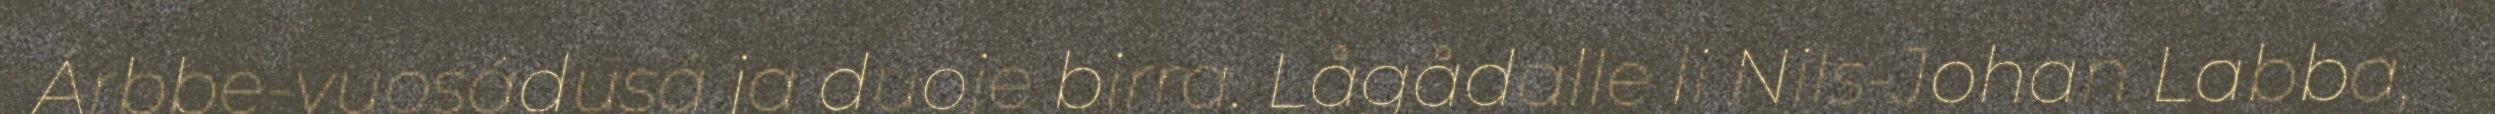
Árbbe-vuosádusá ja duoje birra. Lågådalle li Nils-Johan Labba,